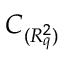
C _ { ( { R _ { q } ^ { 2 } } ) }